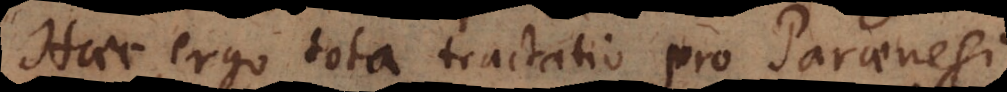
Haec ergo tota tractatio pro Paraenesi